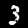
Label: 3